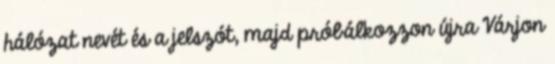
hálózat nevét és a jelszót, majd próbálkozzon újra Várjon